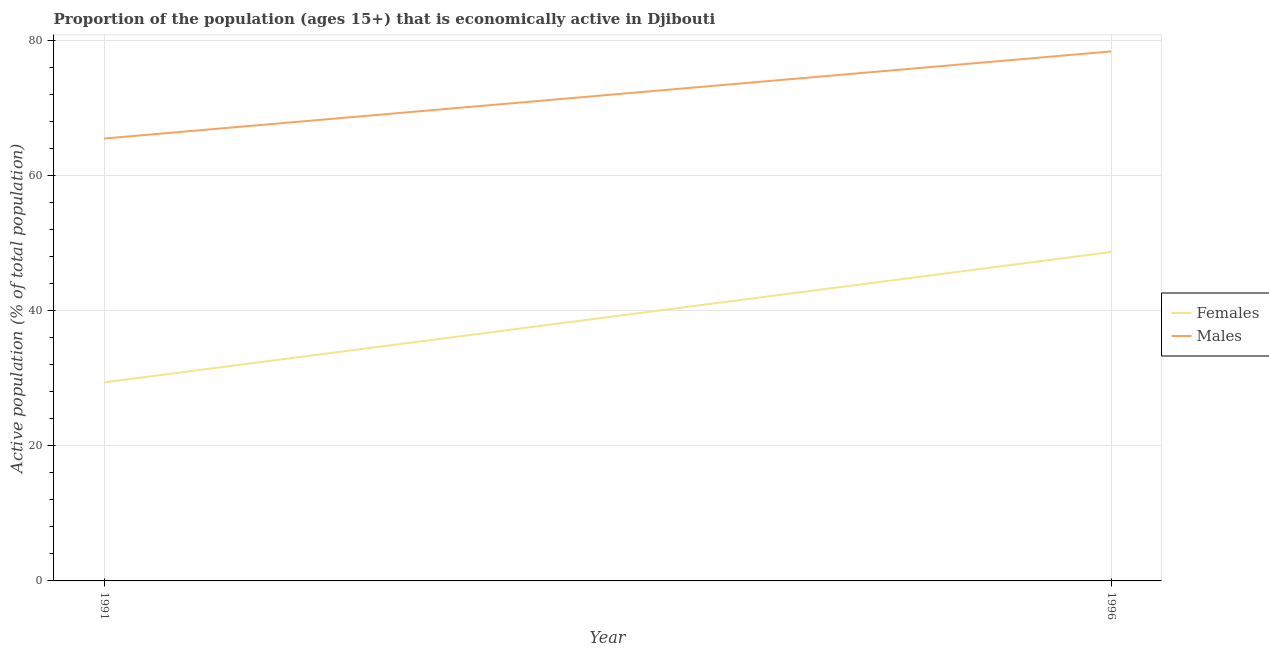
| Year | Females | Males |
 | --- | --- | --- |
 | 1991 | 29.4 | 65.5 |
 | 1996 | 48.7 | 78.4 |